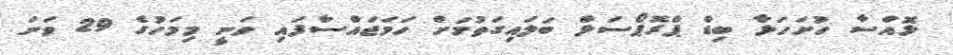
ޅޮއްސާ ހުށަހަޅާ ބިޑް ޕްރޮޕޯސަލް ބަލައިގަތުމަށް ހަމަޖައްސާފައި ވަނީ މިމަހުގެ 29 ވަނަ